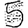
Digit: 5